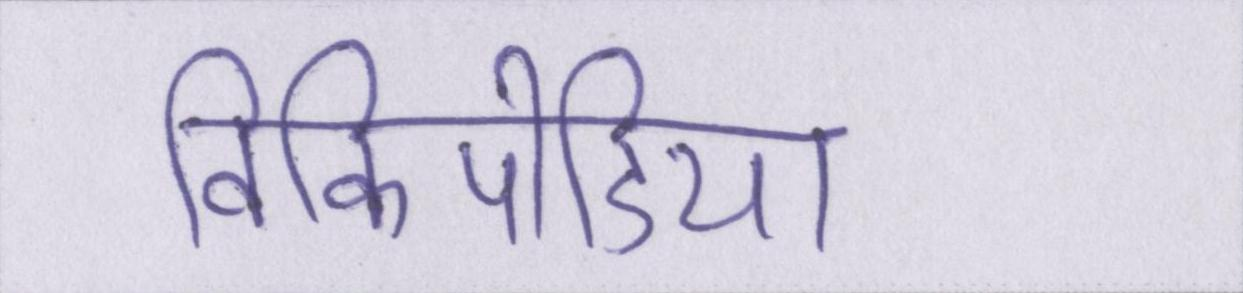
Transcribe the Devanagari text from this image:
विकिपीडिया